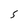
Character: 5